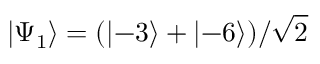
\left\lvert \Psi _ { 1 } \right\rangle = ( \left\lvert - 3 \right\rangle + \left\lvert - 6 \right\rangle ) / \sqrt { 2 }